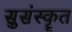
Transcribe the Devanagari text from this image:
सुसंस्कॄत